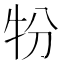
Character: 㸮